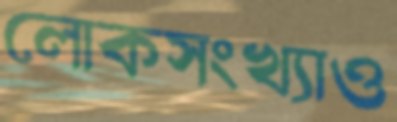
লোকসংখ্যাও